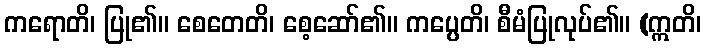
ကရောတိ၊ ပြု၏။ စေတေတိ၊ စေ့ဆော်၏။ ကပ္ပေတိ၊ စီမံပြုလုပ်၏။ (ဣတိ၊